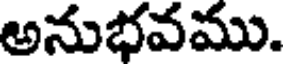
అనుభవము.